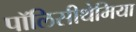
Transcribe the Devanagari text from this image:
पॉलिसीथेमिया